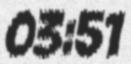
03:51